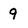
Character: 9